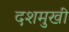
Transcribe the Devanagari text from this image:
दशमुखी